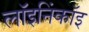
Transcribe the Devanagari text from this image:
लॉइनिंकॉइ